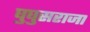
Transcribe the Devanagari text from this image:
घुघुसराजा